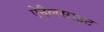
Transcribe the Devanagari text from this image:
ऐनैलसाइट